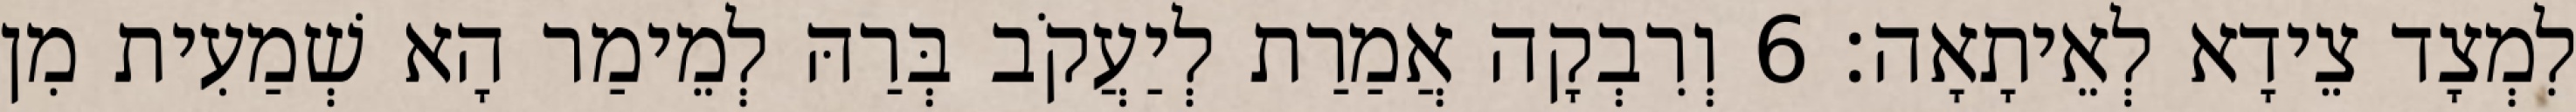
לִמְצָד צֵידָא לְאֵיתָאָה׃ 6 וְרִבְקָה אֲמַרַת לְיַעֲקֹב בְּרַהּ לְמֵימַר הָא שְׁמַעִית מִן